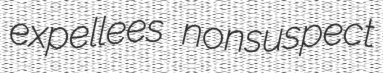
expellees nonsuspect